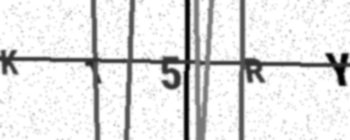
Text: K15RY